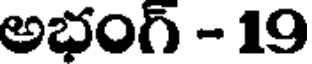
అభంగ్ - 19